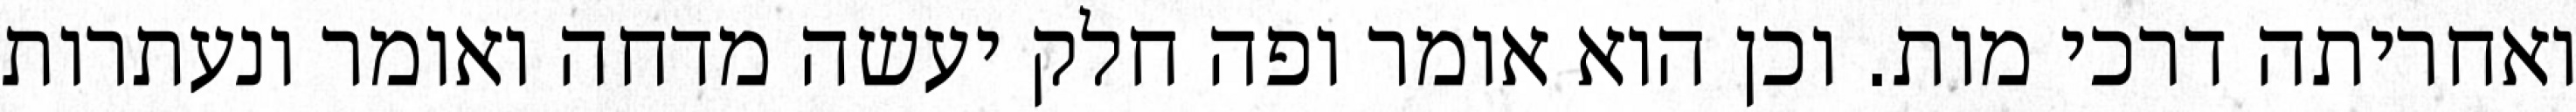
ואחריתה דרכי מות. וכן הוא אומר ופה חלק יעשה מדחה ואומר ונעתרות